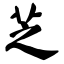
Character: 芝